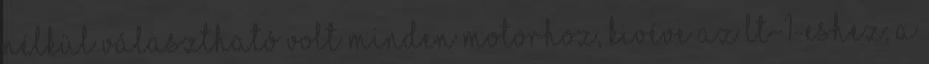
nélkül választható volt minden motorhoz, kivéve az LT-1-eshez; a